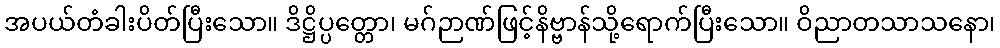
အပယ်တံခါးပိတ်ပြီးသော။ ဒိဋ္ဌိပ္ပတ္တော၊ မဂ်ဉာဏ်ဖြင့်နိဗ္ဗာန်သို့ရောက်ပြီးသော။ ဝိညာတသာသနော၊